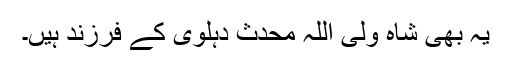
یہ بھی شاہ ولی اللہ محدث دہلوی کے فرزند ہیں۔